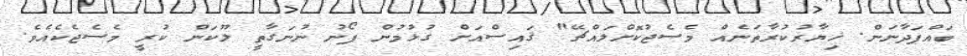
ބައްޕަދާނަން. ޚިޔާރުކުރާތަނެއް މެސެޖުކޮށްލައްޗޭ" ޤައިސްއަށް ގުޅުމުން ފޯނު ނުނަގާތީ ލޫކަން ކުރީ މެސެޖެކެއެވެ.